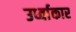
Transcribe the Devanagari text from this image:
उर्ध्वाकार